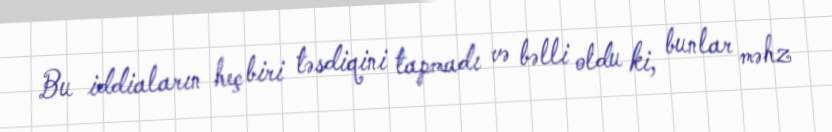
Bu iddiaların heç biri təsdiqini tapmadı və bəlli oldu ki, bunlar məhz